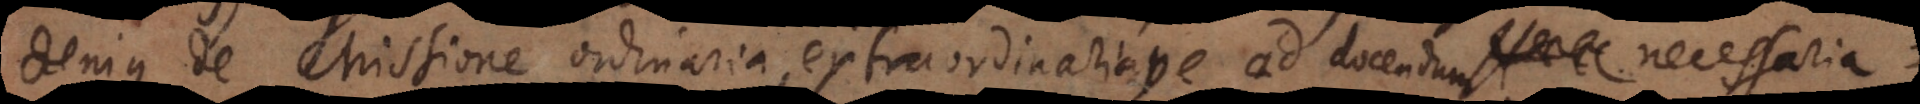
denique de Missione ordinaria, extraordinariave. Haec enim omnia